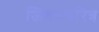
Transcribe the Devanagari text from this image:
जिवनचरित्र